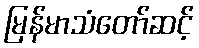
မြန်မာသံတော်ဆင့်